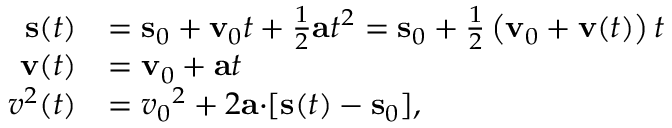
{ \begin{array} { r l } { \mathbf { s } ( t ) } & { = \mathbf { s } _ { 0 } + \mathbf { v } _ { 0 } t + { \frac { 1 } { 2 } } \mathbf { a } t ^ { 2 } = \mathbf { s } _ { 0 } + { \frac { 1 } { 2 } } \left( \mathbf { v } _ { 0 } + \mathbf { v } ( t ) \right) t } \\ { \mathbf { v } ( t ) } & { = \mathbf { v } _ { 0 } + \mathbf { a } t } \\ { { v ^ { 2 } } ( t ) } & { = { v _ { 0 } } ^ { 2 } + 2 \mathbf { a \cdot } [ \mathbf { s } ( t ) - \mathbf { s } _ { 0 } ] , } \end{array} }